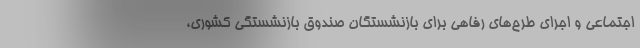
اجتماعی و اجرای طرح‌های رفاهی برای بازنشستگان صندوق بازنشستگی کشوری،